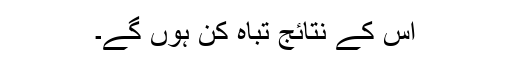
اس کے نتائج تباہ کن ہوں گے۔